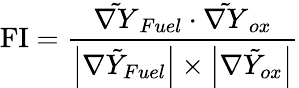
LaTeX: \operatorname{FI}=\frac{\tilde{\nabla Y}_{Fuel}\cdot\tilde{\nabla Y}_{ox}}{\left|\nabla\tilde{Y}_{Fuel}\right|\times\left|\nabla\tilde{Y}_{ox}\right|}